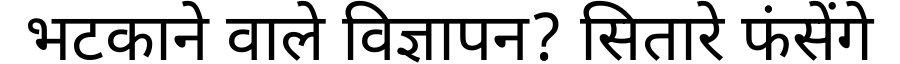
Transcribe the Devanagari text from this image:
भटकाने वाले विज्ञापन? सितारे फंसेंगे